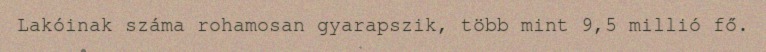
Lakóinak száma rohamosan gyarapszik, több mint 9,5 millió fő.